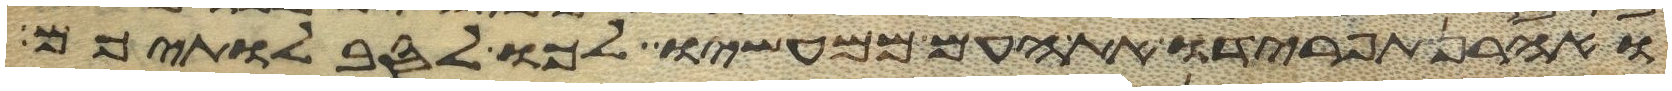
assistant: ואהרן תפרידו את העם ממעשיו לכו לסבלתיכם